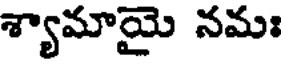
శ్యామాయై నమః